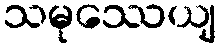
သမုဿေယျ